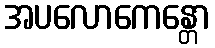
အပလောကေန္တော